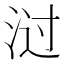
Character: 㳡